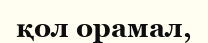
қол орамал,